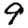
Digit: 9